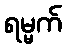
ရမ္မက်